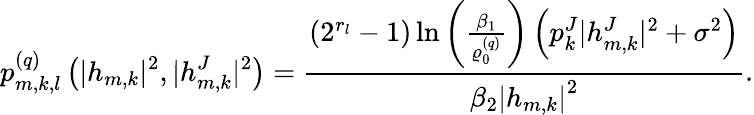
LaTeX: p_{m,k,l}^{(q)}\left(|h_{m,k}|^{2},|h_{m,k}^{J}|^{2}\right)=\frac{\left(2^{r_{l}}-1\right)\ln\left(\frac{\beta_{1}}{\varrho_{0}^{(q)}}\right)\left(p_{k}^{J}|h_{m,k}^{J}|^{2}+\sigma^{2}\right)}{\beta_{2}\left|h_{m,k}\right|^{2}}.